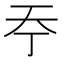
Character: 𡗣